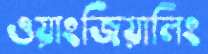
ওয়াংজিয়ালিং